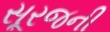
સૂરજની